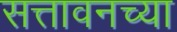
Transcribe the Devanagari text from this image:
सत्तावनच्या